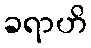
ခရာဟိ